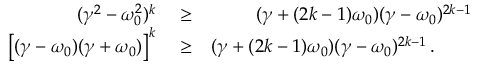
\begin{array} { r l r } { ( \gamma ^ { 2 } - \omega _ { 0 } ^ { 2 } ) ^ { k } } & { { } \geq } & { ( \gamma + ( 2 k - 1 ) \omega _ { 0 } ) ( \gamma - \omega _ { 0 } ) ^ { 2 k - 1 } } \\ { \left[ ( \gamma - \omega _ { 0 } ) ( \gamma + \omega _ { 0 } ) \right] ^ { k } } & { { } \geq } & { ( \gamma + ( 2 k - 1 ) \omega _ { 0 } ) ( \gamma - \omega _ { 0 } ) ^ { 2 k - 1 } \, . \qquad } \end{array}